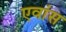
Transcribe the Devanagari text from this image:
एवांस